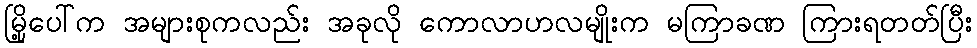
မြို့ပေါ်က အများစုကလည်း အခုလို ကောလာဟလမျိုးက မကြာခဏ ကြားရတတ်ပြီး